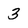
Character: 3